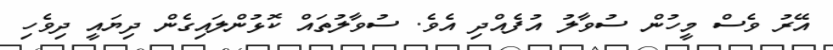
އޭރު ވެސް މީހުން ސުވާލު އުފެއްދި އެވެ. ސުވާލުތަައް ކޮޅުންލައިގެން ދިޔައީ ދިވެހި